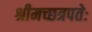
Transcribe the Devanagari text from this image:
श्रीमच्छत्रपतेः